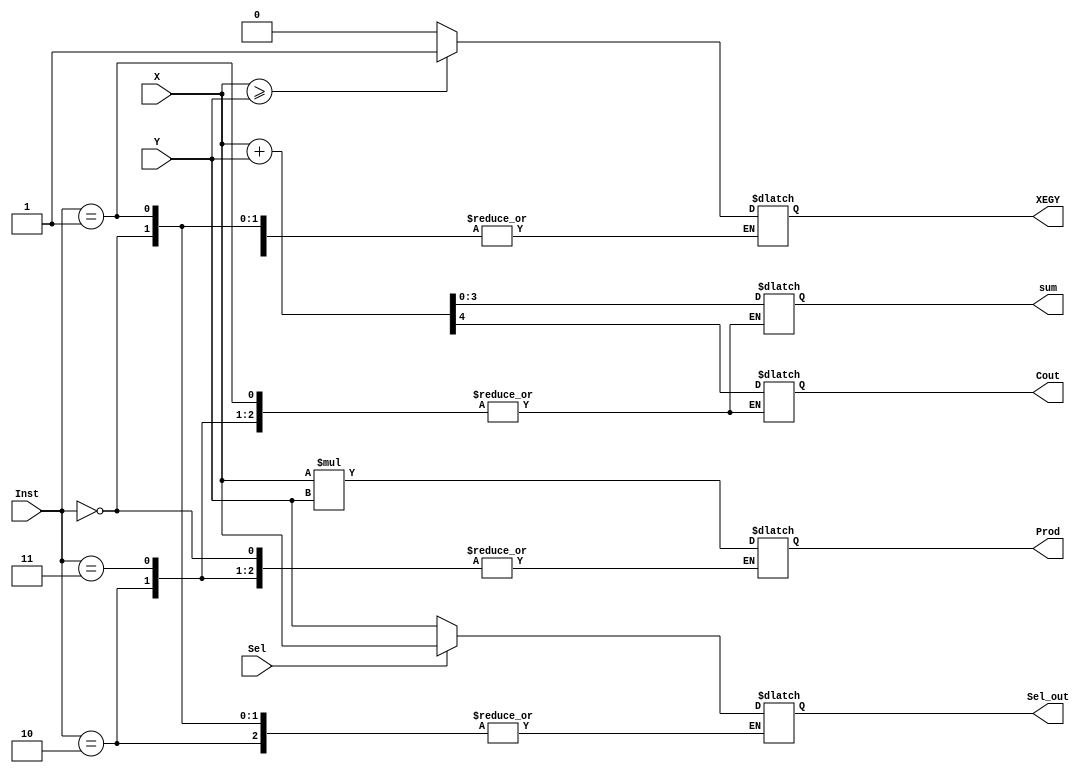
// Two operants calculation
// 00 Adder
// 01 Mul
// 10 Comp
// 11 Mux

module Comb_Logic_param
	#(parameter Dwidth=4)(
	input [Dwidth-1:0] X, Y,
	input [1:0] Inst,
	input Sel, 
	output reg [Dwidth-1:0] sum, Sel_out,
	output reg Cout, XEGY,
	output reg [2*Dwidth-1:0] Prod
	);

localparam Add = 2'b00;
localparam Mul = 2'b01;
localparam Comp = 2'b10;
localparam Mux = 2'b11;

always @(*)begin
	case (Inst)
		// Full Adder
		// Si = Xi*Ci_b + Yi*Ci_b + Ci-1*Ci_b + Xi*Yi*Ci-1
		// Ci = Xi*Yi + Yi*Ci-1 + Xi*Ci-1
		Add: {Cout, sum} = X+Y;
		// Mult
		Mul: Prod = X*Y;
		// Comparator
		Comp:
		begin
			if (X >= Y) XEGY = 1'b1;
			else XEGY = 1'b0;
		end
		Mux:
			if (Sel == 1'b1) Sel_out = X;
			else Sel_out = Y;
	endcase
end

endmodule